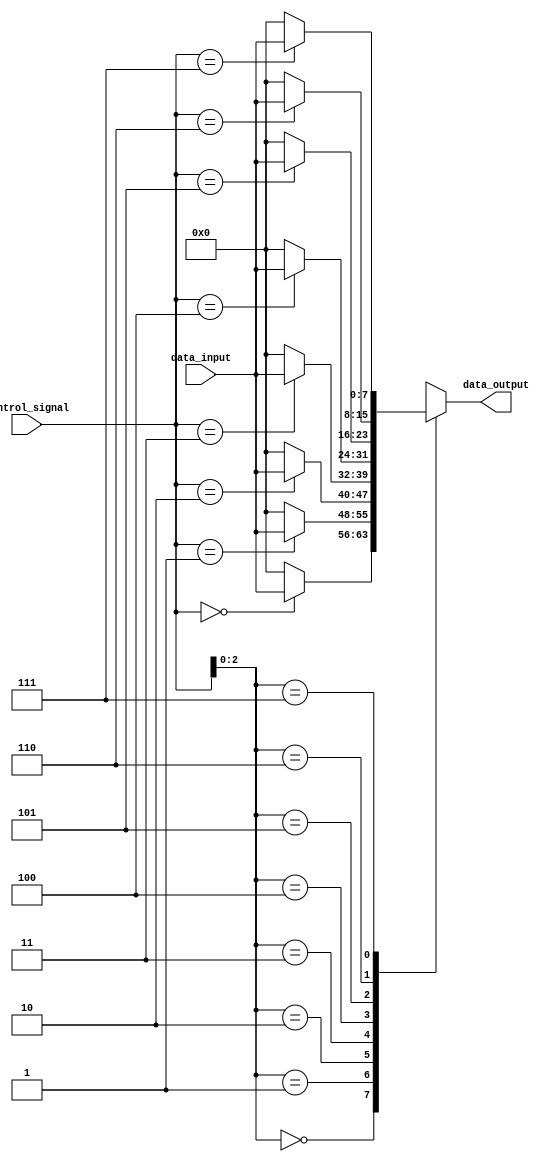
module array_continuous_assignment (
    input wire [3:0] control_signal,  // Control signal to select assignments
    input wire [7:0] data_input,      // 8-bit data input
    output wire [7:0] data_output      // 8-bit data output
);

    // Array declaration of size 8, using reg type
    reg [7:0] data_array [0:7];

    // Continuous assignment using a generate block for the array
    genvar i;
    generate
        for (i = 0; i < 8; i = i + 1) begin: array_assignment
            assign data_array[i] = (control_signal == i) ? data_input : 8'b0;
        end
    endgenerate

    // Assign the output to a specific element of the array based on the control signal
    assign data_output = data_array[control_signal];

endmodule